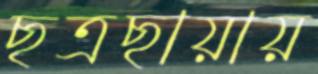
ছত্রছায়ায়